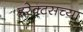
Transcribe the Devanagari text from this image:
इरेक्टसच्या